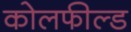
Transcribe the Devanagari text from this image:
काेलफील्ड